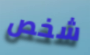
شخص